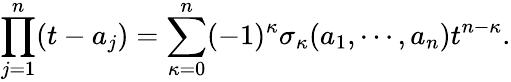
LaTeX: \prod_{j=1}^{n}(t-a_{j})=\sum_{\kappa=0}^{n}(-1)^{\kappa}\sigma_{\kappa}(a_{1},\cdots,a_{n})t^{n-\kappa}.